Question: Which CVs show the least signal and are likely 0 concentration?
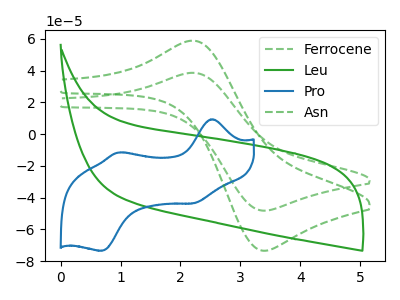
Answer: <think>The green dashed curve "Ferrocene" has an anodic peak at (2.25V, 38.55uA) and a cathodic peak at (3.40V, -48.15uA). The green curve "Leu" has no peaks. The blue curve "Pro" has anodic peaks at (2.55V, 9.40uA) (0.95V, -11.60uA) and cathodic peaks at (2.20V, -43.55uA) (0.70V, -73.45uA). The green dashed curve "Asn" has an anodic peak at (2.25V, 58.75uA) and a cathodic peak at (3.40V, -73.40uA).</think>
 <answer>"Leu" is likely to be a blank.</answer>
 <eval>Leu</eval>